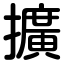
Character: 擴